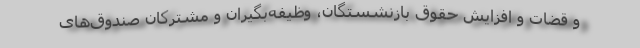
و قضات و افزایش حقوق بازنشستگان، وظیفه‌بگیران و مشترکان صندوق‌های